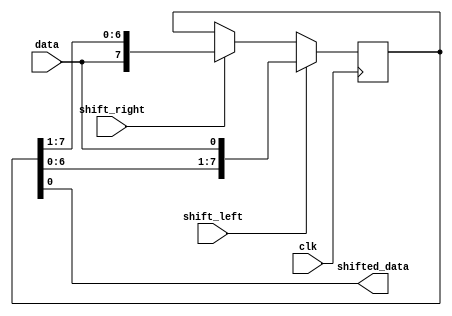
module shift_register (
    input wire clk,
    input wire shift_left,
    input wire shift_right,
    input wire data,
    output reg shifted_data
);

reg [7:0] register;

always @(posedge clk) begin
    if (shift_left) begin
        register <= {register[6:0], data};
    end else if (shift_right) begin
        register <= {data, register[7:1]};
    end
end

assign shifted_data = register;

endmodule